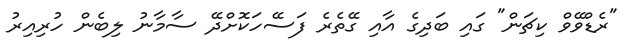
"ރެޑްވޭވް ކިޗަން" ގައި ބަދިގެ އާއި ގޭތެރެ ފަސޭހަކޮށްދޭ ސާމާނު ލިބެން ހުރިއިރު